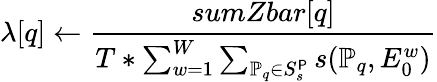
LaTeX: \lambda[q]\leftarrow\frac{sumZbar[q]}{T*\sum_{w=1}^{W}\sum_{\mathbb{P}_{q}\in S_{s}^{\P}}s(\mathbb{P}_{q},E_{0}^{w})}